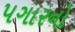
પગારનો